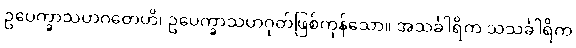
ဥပေက္ခာသဟဂတေဟိ၊ ဥပေက္ခာသဟဂုတ်ဖြစ်ကုန်သော။ အသင်္ခါရိက သသင်္ခါရိက